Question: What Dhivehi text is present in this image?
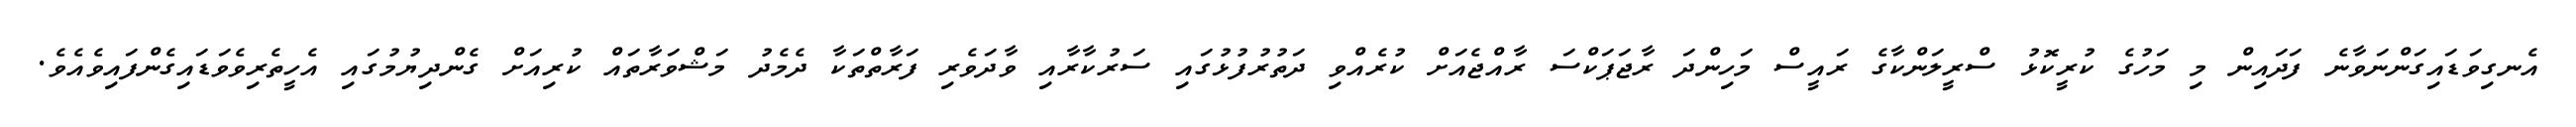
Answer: އެނގިވަޑައިގަންނަވާނެ ފަދައިން މި މަހުގެ ކުރީކޮޅު ސްރީލަންކާގެ ރައީސް މަހިންދަ ރާޖަޕަކްސަ ރާއްޖެއަށް ކުރެއްވި ދަތުރުފުޅުގައި ސަރުކާރާއި ވާދަވެރި ފަރާތްތަކާ ދެމެދު މަޝްވަރާތައް ކުރިއަށް ގެންދިޔުމުގައި އެހީތެރިވެވަޑައިގެންފައިވެއެވެ.